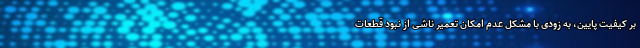
بر کیفیت پایین، به زودی با مشکل عدم امکان تعمیر ناشی از نبود قطعات